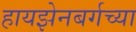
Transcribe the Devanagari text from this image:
हायझेनबर्गच्या